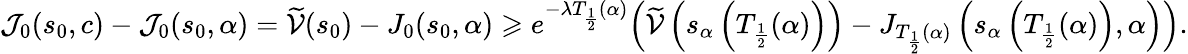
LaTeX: \mathcal{J}_{0}(s_{0},c)-\mathcal{J}_{0}(s_{0},\alpha)=\widetilde{\mathcal{V}}(s_{0})-J_{0}(s_{0},\alpha)\geqslant e^{-\lambda T_{\frac 12}(\alpha)}\Bigl(\widetilde{\mathcal{V}}\left(s_{\alpha}\left(T_{\frac 12}(\alpha)\right)\right)-J_{T_{\frac 12}(\alpha)}\left(s_{\alpha}\left(T_{\frac 12}(\alpha)\right),\alpha\right)\Bigr).